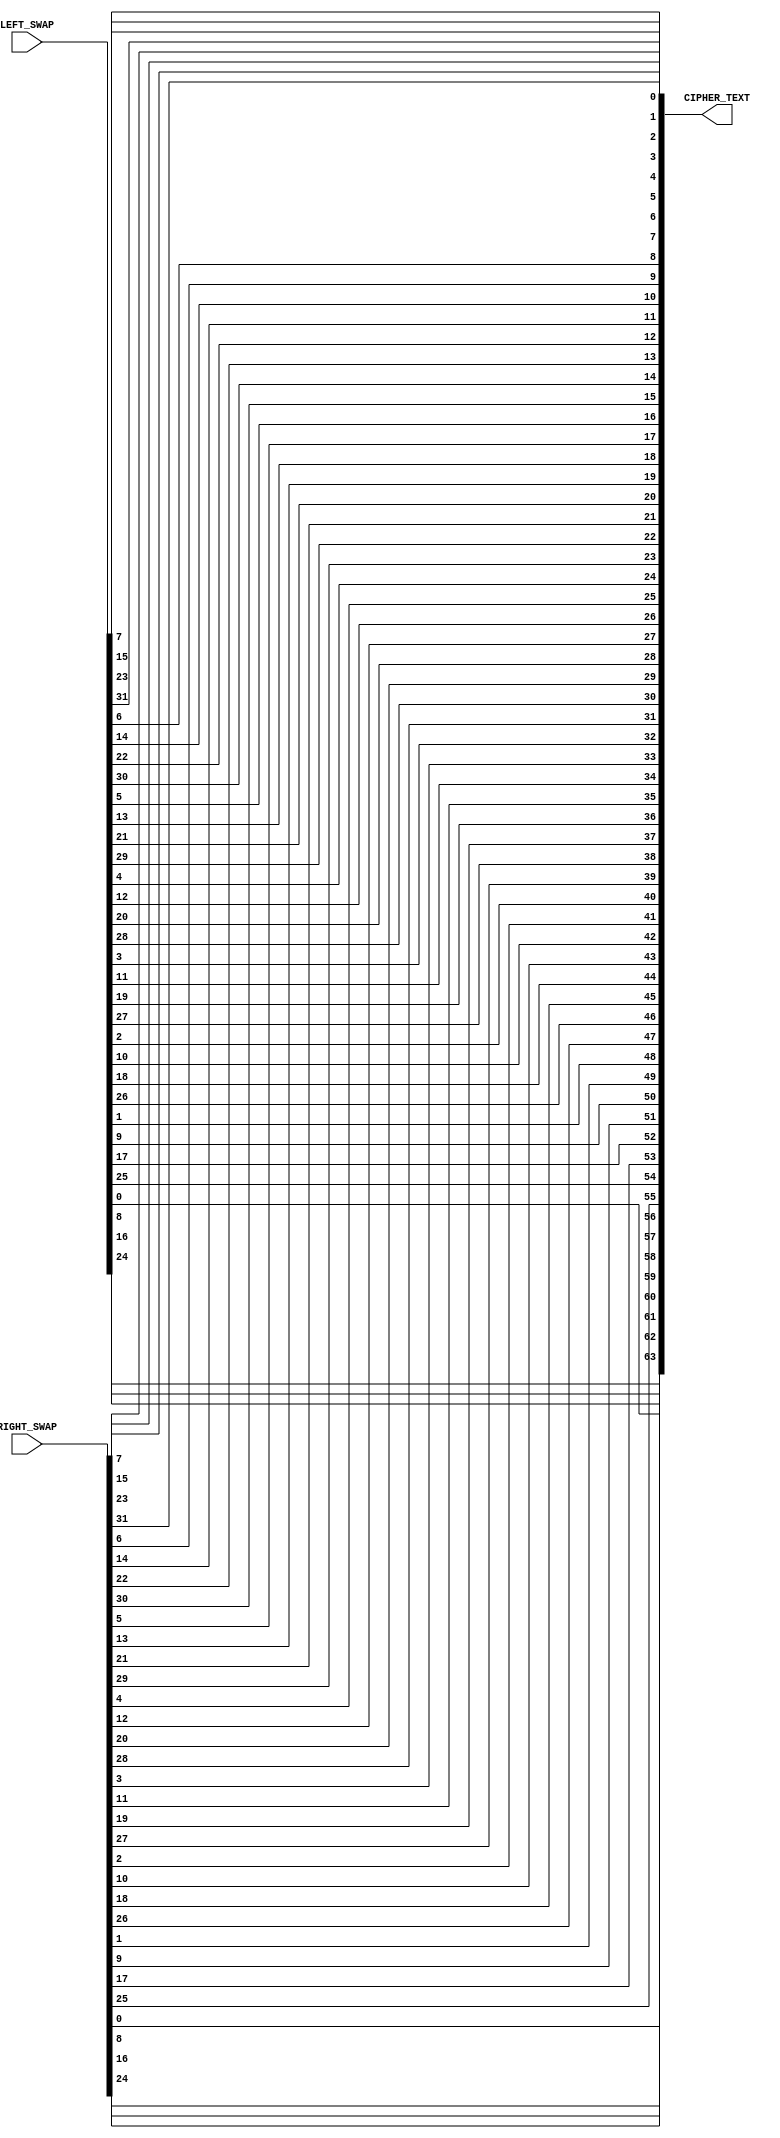

`timescale 1ns / 1ps
//////////////////////////////////////////////////////////////////////////////////
// Company: 
// Engineer: 
// 
// Design Name: 
// Module Name:    Inverse_Initial_Permutation 
// Project Name: 
// Target Devices: 
// Tool versions: 
// Description: 
//
// Dependencies: 
//
// Revision: 
// Revision 0.01 - File Created
// Additional Comments: 
//
//////////////////////////////////////////////////////////////////////////////////
module Inverse_Initial_Permutation(RIGHT_SWAP, LEFT_SWAP, CIPHER_TEXT); 
 
input   [32 : 1]RIGHT_SWAP; 
 
input   [32 : 1]LEFT_SWAP; 
 
output  [64 : 1]CIPHER_TEXT; 
 
wire    [32 : 1]RIGHT_SWAP;
 
wire    [32 : 1]LEFT_SWAP; 
		   
reg     [64 : 1]CIPHER_TEXT; 
 
wire    [64 : 1]TEMP; 
 
assign  TEMP  = {LEFT_SWAP,RIGHT_SWAP}; 
 
always @(TEMP) 
 
  begin  
    
	CIPHER_TEXT[1]  <= TEMP[40]; 
	CIPHER_TEXT[2]  <= TEMP[8]; 
	CIPHER_TEXT[3]  <= TEMP[48]; 
	CIPHER_TEXT[4]  <= TEMP[16]; 
	CIPHER_TEXT[5]  <= TEMP[56]; 
	CIPHER_TEXT[6]  <= TEMP[24]; 
	CIPHER_TEXT[7]  <= TEMP[64]; 
	CIPHER_TEXT[8]  <= TEMP[32]; 
	CIPHER_TEXT[9]  <= TEMP[39]; 
	CIPHER_TEXT[10] <= TEMP[7]; 
	CIPHER_TEXT[11] <= TEMP[47]; 
	CIPHER_TEXT[12] <= TEMP[15]; 
	CIPHER_TEXT[13] <= TEMP[55]; 
	CIPHER_TEXT[14] <= TEMP[23]; 
	CIPHER_TEXT[15] <= TEMP[63]; 
	CIPHER_TEXT[16] <= TEMP[31]; 
	CIPHER_TEXT[17] <= TEMP[38]; 
	CIPHER_TEXT[18] <= TEMP[6]; 
	CIPHER_TEXT[19] <= TEMP[46]; 
	CIPHER_TEXT[20] <= TEMP[14]; 
	CIPHER_TEXT[21] <= TEMP[54]; 
	CIPHER_TEXT[22] <= TEMP[22]; 
	CIPHER_TEXT[23] <= TEMP[62]; 
	CIPHER_TEXT[24] <= TEMP[30]; 
	CIPHER_TEXT[25] <= TEMP[37]; 
	CIPHER_TEXT[26] <= TEMP[5]; 
	CIPHER_TEXT[27] <= TEMP[45]; 
	CIPHER_TEXT[28] <= TEMP[13]; 
	CIPHER_TEXT[29] <= TEMP[53]; 
	CIPHER_TEXT[30] <= TEMP[21]; 
	CIPHER_TEXT[31] <= TEMP[61]; 
	CIPHER_TEXT[32] <= TEMP[29]; 
	CIPHER_TEXT[33] <= TEMP[36]; 
	CIPHER_TEXT[34] <= TEMP[4]; 
	CIPHER_TEXT[35] <= TEMP[44]; 
	CIPHER_TEXT[36] <= TEMP[12]; 
	CIPHER_TEXT[37] <= TEMP[52]; 
	CIPHER_TEXT[38] <= TEMP[20]; 
	CIPHER_TEXT[39] <= TEMP[60]; 
	CIPHER_TEXT[40] <= TEMP[28]; 
	CIPHER_TEXT[41] <= TEMP[35]; 
	CIPHER_TEXT[42] <= TEMP[3]; 
	CIPHER_TEXT[43] <= TEMP[43]; 
	CIPHER_TEXT[44] <= TEMP[11]; 
	CIPHER_TEXT[45] <= TEMP[51]; 
	CIPHER_TEXT[46] <= TEMP[19]; 
	CIPHER_TEXT[47] <= TEMP[59]; 
	CIPHER_TEXT[48] <= TEMP[27]; 
	CIPHER_TEXT[49] <= TEMP[34]; 
	CIPHER_TEXT[50] <= TEMP[2]; 
	CIPHER_TEXT[51] <= TEMP[42]; 
	CIPHER_TEXT[52] <= TEMP[10]; 
	CIPHER_TEXT[53] <= TEMP[50]; 
	CIPHER_TEXT[54] <= TEMP[18]; 
	CIPHER_TEXT[55] <= TEMP[58]; 
	CIPHER_TEXT[56] <= TEMP[26]; 
	CIPHER_TEXT[57] <= TEMP[33]; 
	CIPHER_TEXT[58] <= TEMP[1]; 
	CIPHER_TEXT[59] <= TEMP[41]; 
	CIPHER_TEXT[60] <= TEMP[9]; 
	CIPHER_TEXT[61] <= TEMP[49]; 
	CIPHER_TEXT[62] <= TEMP[17]; 
	CIPHER_TEXT[63] <= TEMP[57]; 
	CIPHER_TEXT[64] <= TEMP[25]; 
	 
 end
endmodule